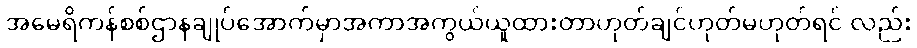
အမေရိကန်စစ်ဌာနချုပ်အောက်မှာအကာအကွယ်ယူထားတာဟုတ်ချင်ဟုတ်မဟုတ်ရင် လည်း